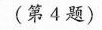
(第4题)